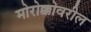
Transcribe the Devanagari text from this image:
मोरोक्कोवरील